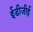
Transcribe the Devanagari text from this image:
ईडीजीई